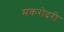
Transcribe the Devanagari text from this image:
मकरोदरी